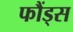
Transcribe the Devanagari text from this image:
फौंड्स